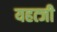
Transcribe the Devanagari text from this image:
यहत्जी